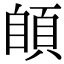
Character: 䫁